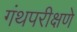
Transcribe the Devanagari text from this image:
गंथपरीक्षणे